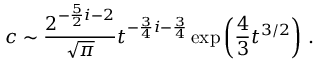
c \sim { \frac { 2 ^ { - { \frac { 5 } { 2 } } i - 2 } } { \sqrt { \pi } } } t ^ { - { \frac { 3 } { 4 } } i - { \frac { 3 } { 4 } } } \exp \left( { \frac { 4 } { 3 } } t ^ { 3 / 2 } \right) \, .